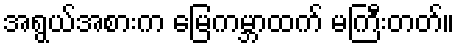
အရွယ်အစားက မြေကမ္ဘာထက် မကြီးတတ်။